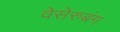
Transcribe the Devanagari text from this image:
वेसेरुबंग